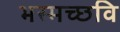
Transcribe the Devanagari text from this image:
भस्मच्छवि